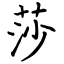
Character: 莎